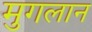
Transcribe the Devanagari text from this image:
मुगलान